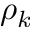
\rho _ { k }